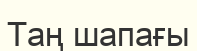
Таң шапағы